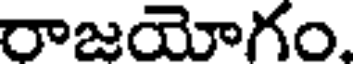
రాజయోగం.